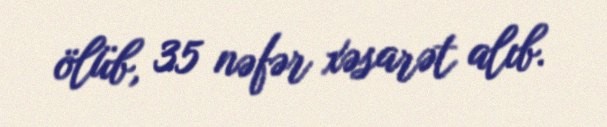
ölüb, 35 nəfər xəsarət alıb.